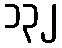
၁၃၂